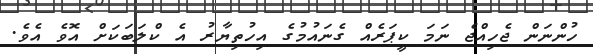
ހުންނަން ޖެހިއްޖެ ނަމަ ކީޕަރެއް ގެނައުމުގެ އިހުތިޔާރު އެ ކްލަބަކަށް އޮވެ އެވެ.